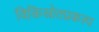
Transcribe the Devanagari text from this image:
विकिस्रोतप्रकल्प